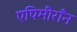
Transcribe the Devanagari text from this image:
एपिमीराँन